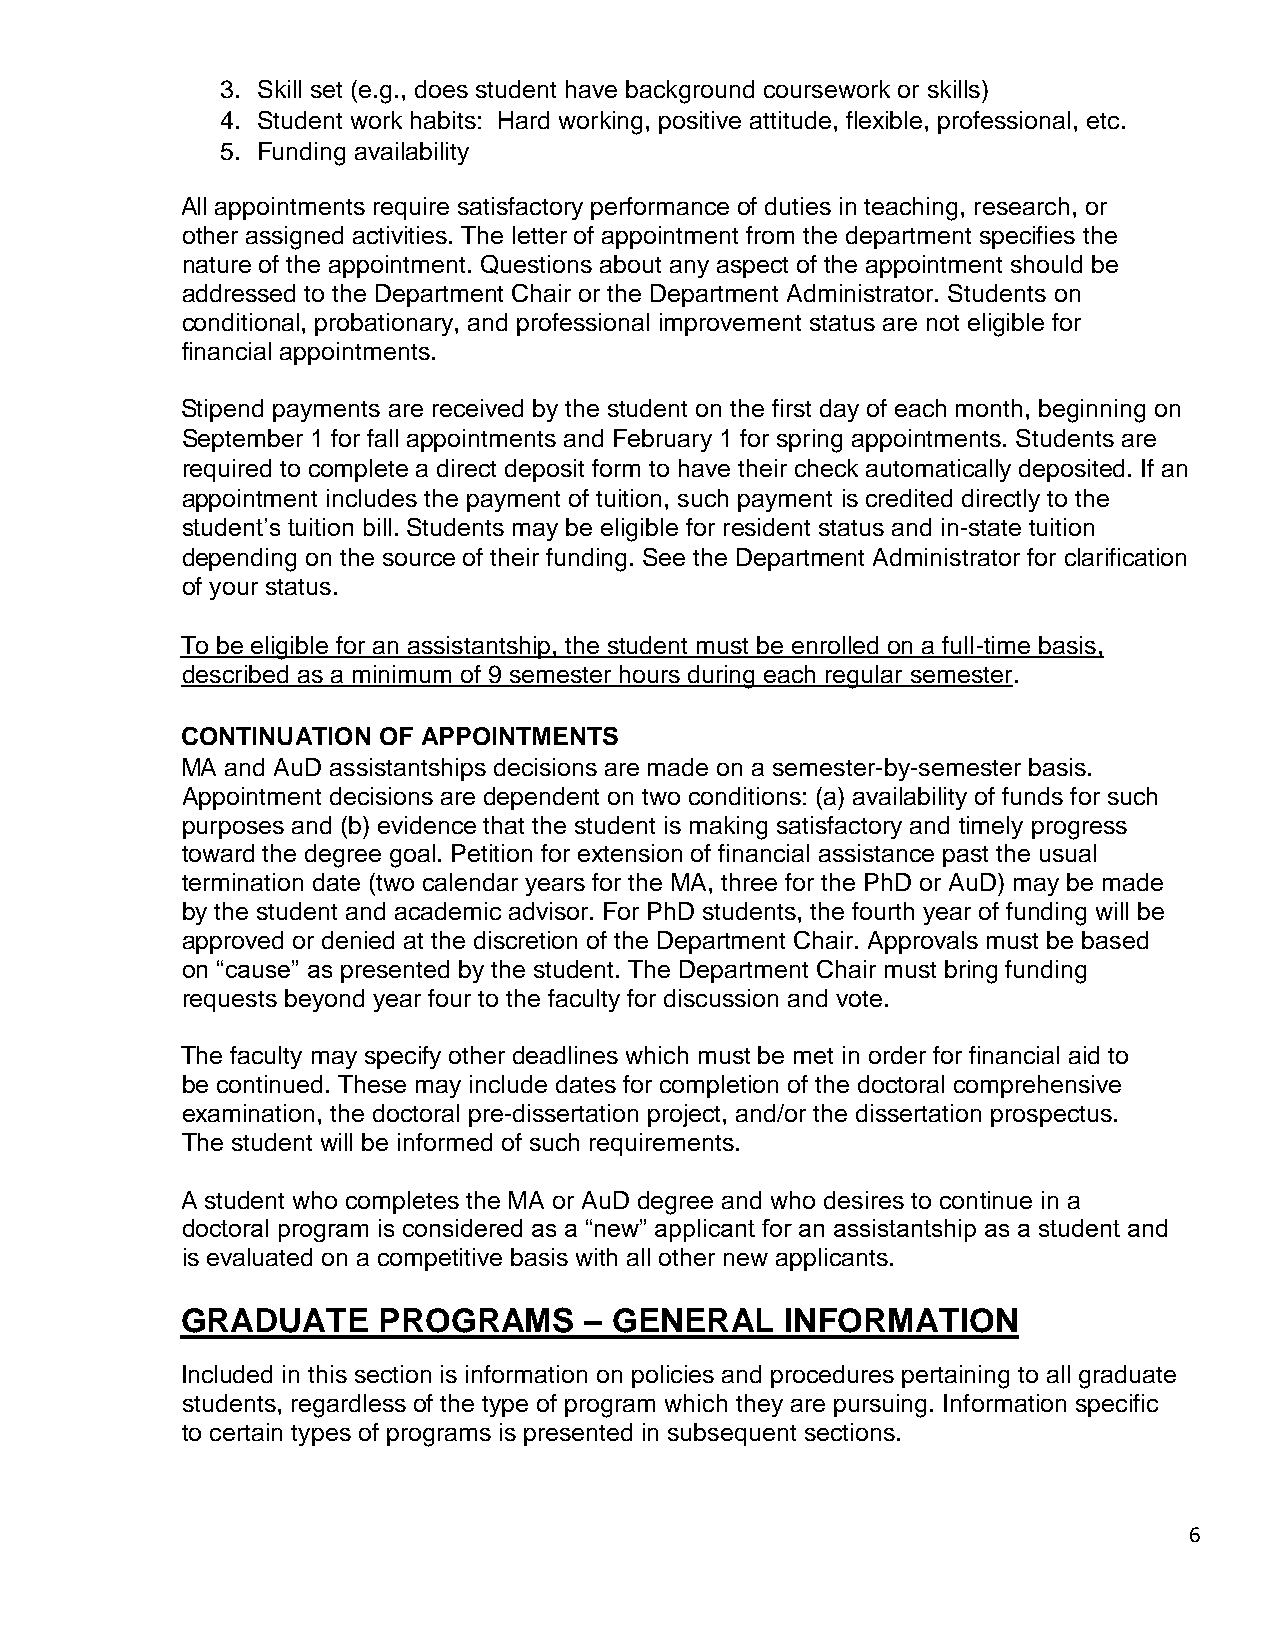
3. Skill set (e.g., does student have background coursework or skills)
 4. Student work habits: Hard working, positive attitude, flexible, professional, etc.
 5. Funding availability
 All appointments require satisfactory performance of duties in teaching, research, or
 other assigned activities. The letter of appointment from the department specifies the
 nature of the appointment. Questions about any aspect of the appointment should be
 addressed to the Department Chair or the Department Administrator. Students on
 conditional, probationary, and professional improvement status are not eligible for
 financial appointments.
 Stipend payments are received by the student on the first day of each month, beginning on
 September 1 for fall appointments and February 1 for spring appointments. Students are
 required to complete a direct deposit form to have their check automatically deposited. If an
 appointment includes the payment of tuition, such payment is credited directly to the
 student’s tuition bill. Students may be eligible for resident status and in-state tuition
 depending on the source of their funding. See the Department Administrator for clarification
 of your status.
 To be eligible for an assistantship, the student must be enrolled on a full-time basis,
 described as a minimum of 9 semester hours during each regular semester.
 CONTINUATION OF APPOINTMENTS
 MA and AuD assistantships decisions are made on a semester-by-semester basis.
 Appointment decisions are dependent on two conditions: (a) availability of funds for such
 purposes and (b) evidence that the student is making satisfactory and timely progress
 toward the degree goal. Petition for extension of financial assistance past the usual
 termination date (two calendar years for the MA, three for the PhD or AuD) may be made
 by the student and academic advisor. For PhD students, the fourth year of funding will be
 approved or denied at the discretion of the Department Chair. Approvals must be based
 on “cause” as presented by the student. The Department Chair must bring funding
 requests beyond year four to the faculty for discussion and vote.
 The faculty may specify other deadlines which must be met in order for financial aid to
 be continued. These may include dates for completion of the doctoral comprehensive
 examination, the doctoral pre-dissertation project, and/or the dissertation prospectus.
 The student will be informed of such requirements.
 A student who completes the MA or AuD degree and who desires to continue in a
 doctoral program is considered as a “new” applicant for an assistantship as a student and
 is evaluated on a competitive basis with all other new applicants.
 GRADUATE     PROGRAMS      – GENERAL    INFORMATION
 Included in this section is information on policies and procedures pertaining to all graduate
 students, regardless of the type of program which they are pursuing. Information specific
 to certain types of programs is presented in subsequent sections.
 6